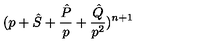
( p + { \hat { S } } + \frac { \hat { P } } { p } + \frac { \hat { Q } } { p ^ { 2 } } ) ^ { n + 1 }